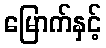
မြောက်နှင့်